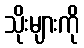
သိုးများကို